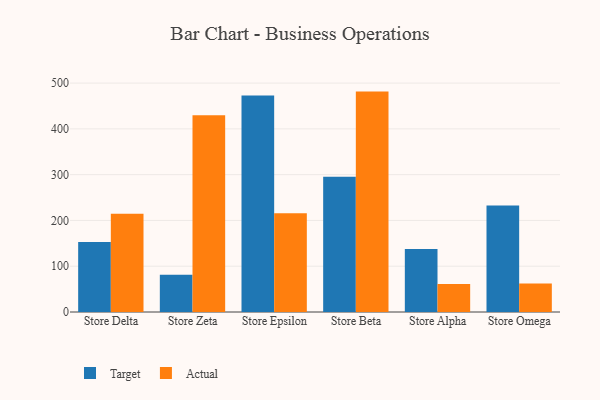
{"axis": {"x": "Store", "y": "Inventory Turnover"}, "legend": ["Actual", "Target"], "data": [{"x": "Store Delta", "y": 152.9, "type": "Target"}, {"x": "Store Delta", "y": 214.4, "type": "Actual"}, {"x": "Store Zeta", "y": 81.3, "type": "Target"}, {"x": "Store Zeta", "y": 429.7, "type": "Actual"}, {"x": "Store Epsilon", "y": 472.7, "type": "Target"}, {"x": "Store Epsilon", "y": 215.5, "type": "Actual"}, {"x": "Store Beta", "y": 295.3, "type": "Target"}, {"x": "Store Beta", "y": 481.4, "type": "Actual"}, {"x": "Store Alpha", "y": 137.6, "type": "Target"}, {"x": "Store Alpha", "y": 61.2, "type": "Actual"}, {"x": "Store Omega", "y": 232.6, "type": "Target"}, {"x": "Store Omega", "y": 62.5, "type": "Actual"}]}